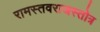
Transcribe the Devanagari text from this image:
रामस्तवराजस्तोत्र